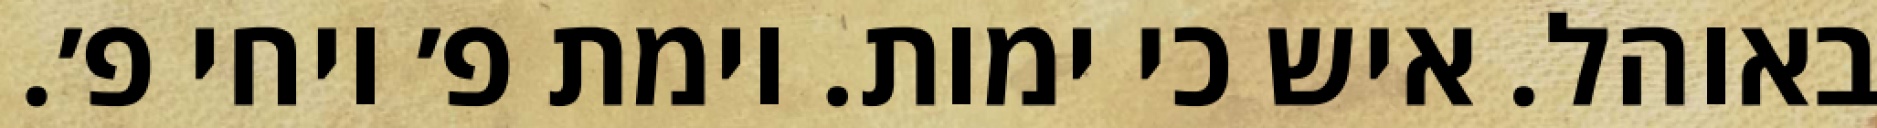
באוהל. איש כי ימות. וימת פ׳ ויחי פ׳.